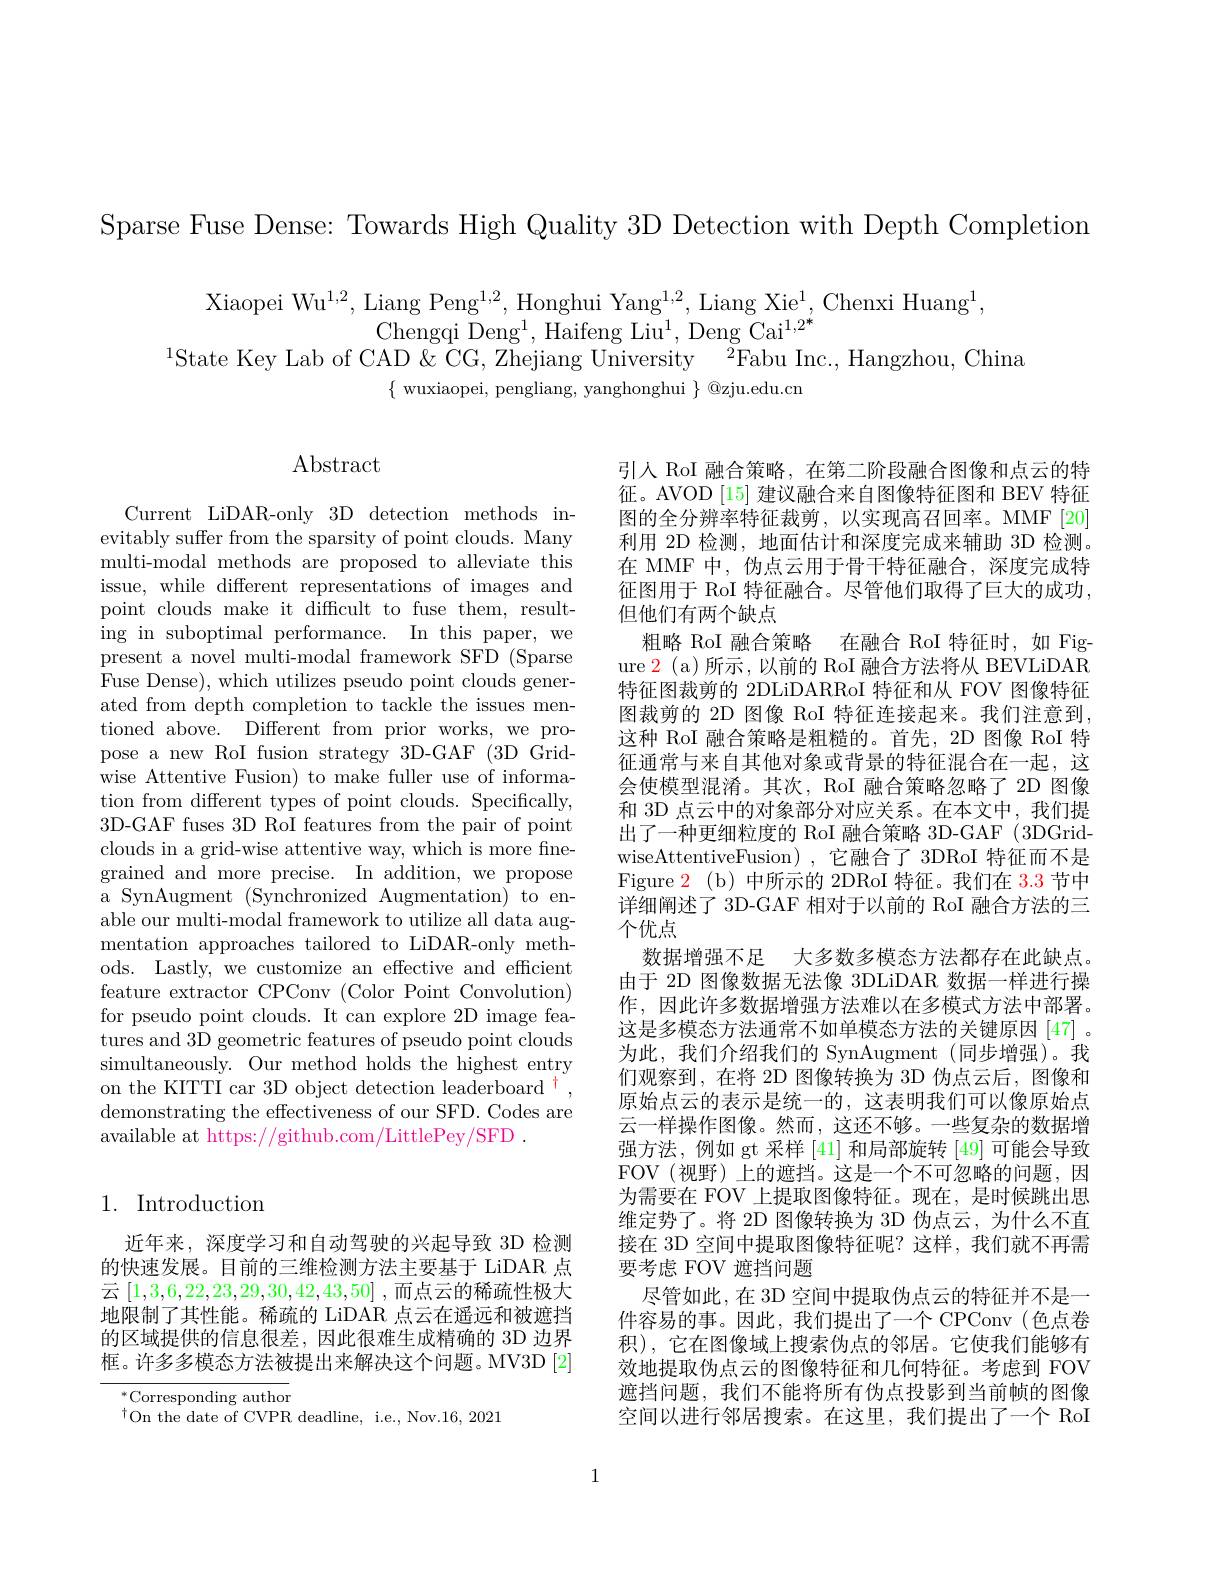
Sparse Fuse Dense: Towards High Quality 3D Detection with Depth Completion

Xiaopei Wu$^1,2$,Liang Peng$^1,2$,Honghui Yang$^1,2$,Liang Xie$^1$,Chenxi Huang$^1$,
Chengqi Deng$^1$,Haifeng Liu$^1$, Deng Cai$^{1,2^*}$
$^{1}$State Key Lab of CAD & CG, Zhejiang University$^2$Fabu Inc., Hangzhou, China
$\{$ wuxiaopei, pengliang, yanghonghui $\}$ @zju.edu.cn

## $\operatorname{Abstract}$

Current LiDAR-only 3D detection methods inevitably suffer from the sparsity of point clouds. Many multi-modal methods are proposed to alleviate this issue, while different representations of images and point clouds make it difficult to fuse them, resulting in suboptimal performance. In this paper, we present a novel multi-modal framework SFD (Sparse Fuse Dense), which utilizes pseudo point clouds generated from depth completion to tackle the issues mentioned above. Different from prior works, we propose a new RoI fusion strategy 3D-GAF (3D Gridwise Attentive Fusion) to make fuller use of information from different types of point clouds. Specifically, 3D-GAF fuses 3D RoI features from the pair of point clouds in a grid-wise attentive way, which is more finegrained and more precise. In addition, we propose a SynAugment (Synchronized Augmentation) to enable our multi-modal framework to utilize all data augmentation approaches tailored to LiDAR-only methods. Lastly, we customize an effective and efficient feature extractor CPConv (Color Point Convolution) for pseudo point clouds. It can explore 2D image features and 3D geometric features of pseudo point clouds simultaneously. Our method holds the highest entry on the KITTI car 3D object detection leaderboard $^{+}$ demonstrating the effectiveness of our SFD. Codes are available at https://github.com/LittlePey/SFD .

引入 RoI 融合策略，在第二阶段融合图像和点云的特征。AVOD [15] 建议融合来自图像特征图和 BEV 特征图的全分辨率特征裁剪，以实现高召回率。MMF[20] 利用 2D 检测，地面估计和深度完成来辅助 3D 检测。在 MMF 中，伪点云用于骨干特征融合，深度完成特征图用于 RoI 特征融合。尽管他们取得了巨大的成功， 但他们有两个缺点
粗略 RoI 融合策略 在融合 RoI 特征时，如 Figure 2 (a)所示，以前的 RoI 融合方法将从 BEVLiDAR 特征图裁剪的 2DLiDARRoI 特征和从 FOV 图像特征图裁剪的 2D 图像 RoI 特征连接起来。我们注意到， 这种 RoI 融合策略是粗糙的。首先，2D 图像 RoI 特征通常与来自其他对象或背景的特征混合在一起，这会使模型混淆。其次，RoI 融合策略忽略了 2D 图像和 3D 点云中的对象部分对应关系。在本文中，我们提出了一种更细粒度的 RoI 融合策略 3D-GAF (3DGridwiseAttentiveFusion),它融合了3DRoI 特征而不是Figure 2(b)中所示的 2DRoI 特征。我们在 3.3 节中详细阐述了 3D-GAF 相对于以前的 RoI 融合方法的三个优点
数据增强不足 大多数多模态方法都存在此缺点。由于 2D 图像数据无法像 3DLiDAR 数据一样进行操作，因此许多数据增强方法难以在多模式方法中部署。这是多模态方法通常不如单模态方法的关键原因[47] 。为此，我们介绍我们的 SynAugment(同步增强)。我们观察到，在将 2D 图像转换为 3D 伪点云后，图像和原始点云的表示是统一的，这表明我们可以像原始点云一样操作图像。然而，这还不够。一些复杂的数据增强方法，例如 gt 采样 [41] 和局部旋转 [49] 可能会导致FOV(视野)上的遮挡。这是一个不可忽略的问题，因为需要在 FOV 上提取图像特征。现在，是时候跳出思维定势了。将 2D 图像转换为 3D 伪点云，为什么不直接在 3D 空间中提取图像特征呢？这样，我们就不再需要考虑 FOV 遮挡问题
尽管如此，在 3D 空间中提取伪点云的特征并不是一件容易的事。因此，我们提出了一个 CPConv(色点卷积),它在图像域上搜索伪点的邻居。它使我们能够有效地提取伪点云的图像特征和几何特征。考虑到 FOV 遮挡问题，我们不能将所有伪点投影到当前帧的图像空间以进行邻居搜索。在这里，我们提出了一个 RoI

## 1. Introduction

近年来，深度学习和自动驾驶的兴起导致 3D 检测的快速发展。目前的三维检测方法主要基于 LiDAR 点云[1,3,6,22,23,29,30,42,43,50] ,而点云的稀疏性极大地限制了其性能。稀疏的 LiDAR 点云在遥远和被遮挡的区域提供的信息很差，因此很难生成精确的 3D 边界框。许多多模态方法被提出来解决这个问题。MV3D[2]

$^*$Corresponding author
$^{\dagger}$On the date of CVPR deadline, i.e., Nov.16, 2021

1